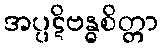
အပ္ပဋိဗန္ဓစိတ္တာ